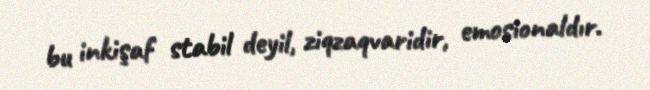
bu inkişaf stabil deyil, ziqzaqvaridir, emosionaldır.